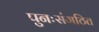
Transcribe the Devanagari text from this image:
पुनःसंगठित